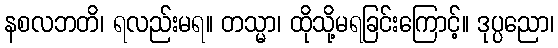
နစလဘတိ၊ ရလည်းမရ။ တသ္မာ၊ ထိုသို့မရခြင်းကြောင့်။ ဒုပ္ပညော၊